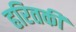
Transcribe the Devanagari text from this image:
हरितकी